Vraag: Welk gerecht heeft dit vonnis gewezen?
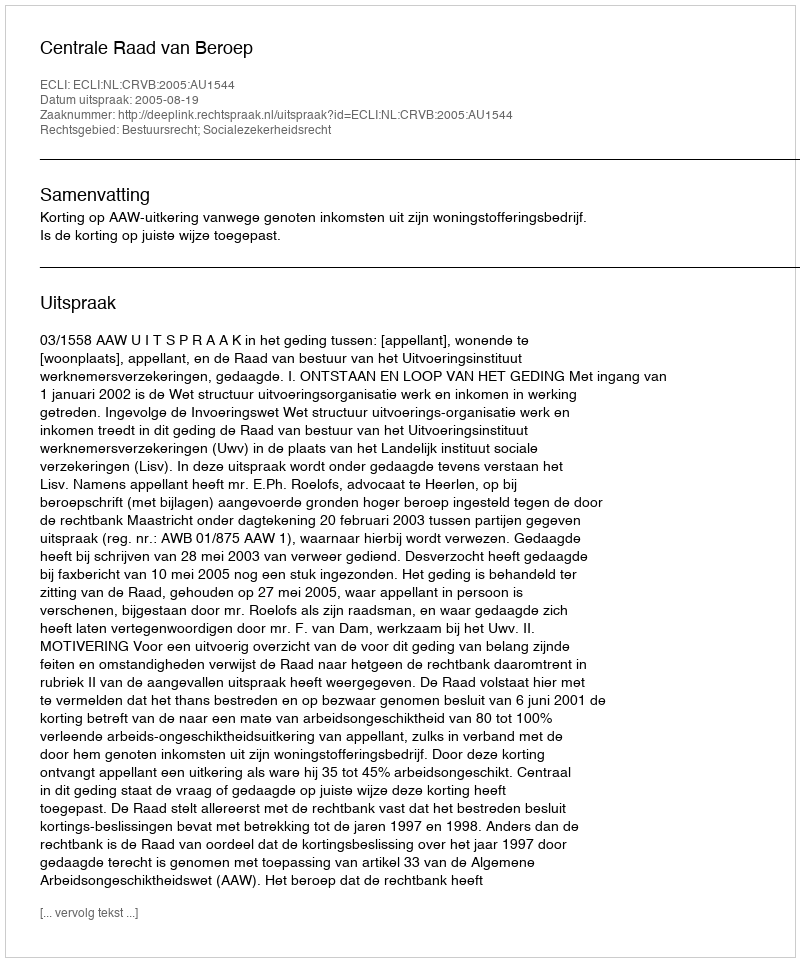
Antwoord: Centrale Raad van Beroep